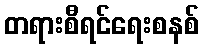
တရားစီရင်ရေးစနစ်